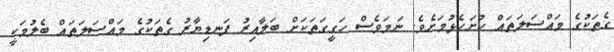
ގެތަކުގެ މައްސަލަތައް ހުށަހެޅުމަށެވެ. ނަމަވެސް ހަގީގަތަކަށް ބަލާއިރު ފަނޑިޔާރު ގެތަކުގެ މައްސަލަތައް ބެލުމަކީ